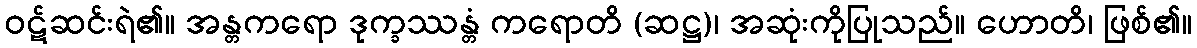
ဝဋ်ဆင်းရဲ၏။ အန္တကရော ဒုက္ခဿန္တံ ကရောတိ (ဆဋ္ဌ)၊ အဆုံးကိုပြုသည်။ ဟောတိ၊ ဖြစ်၏။